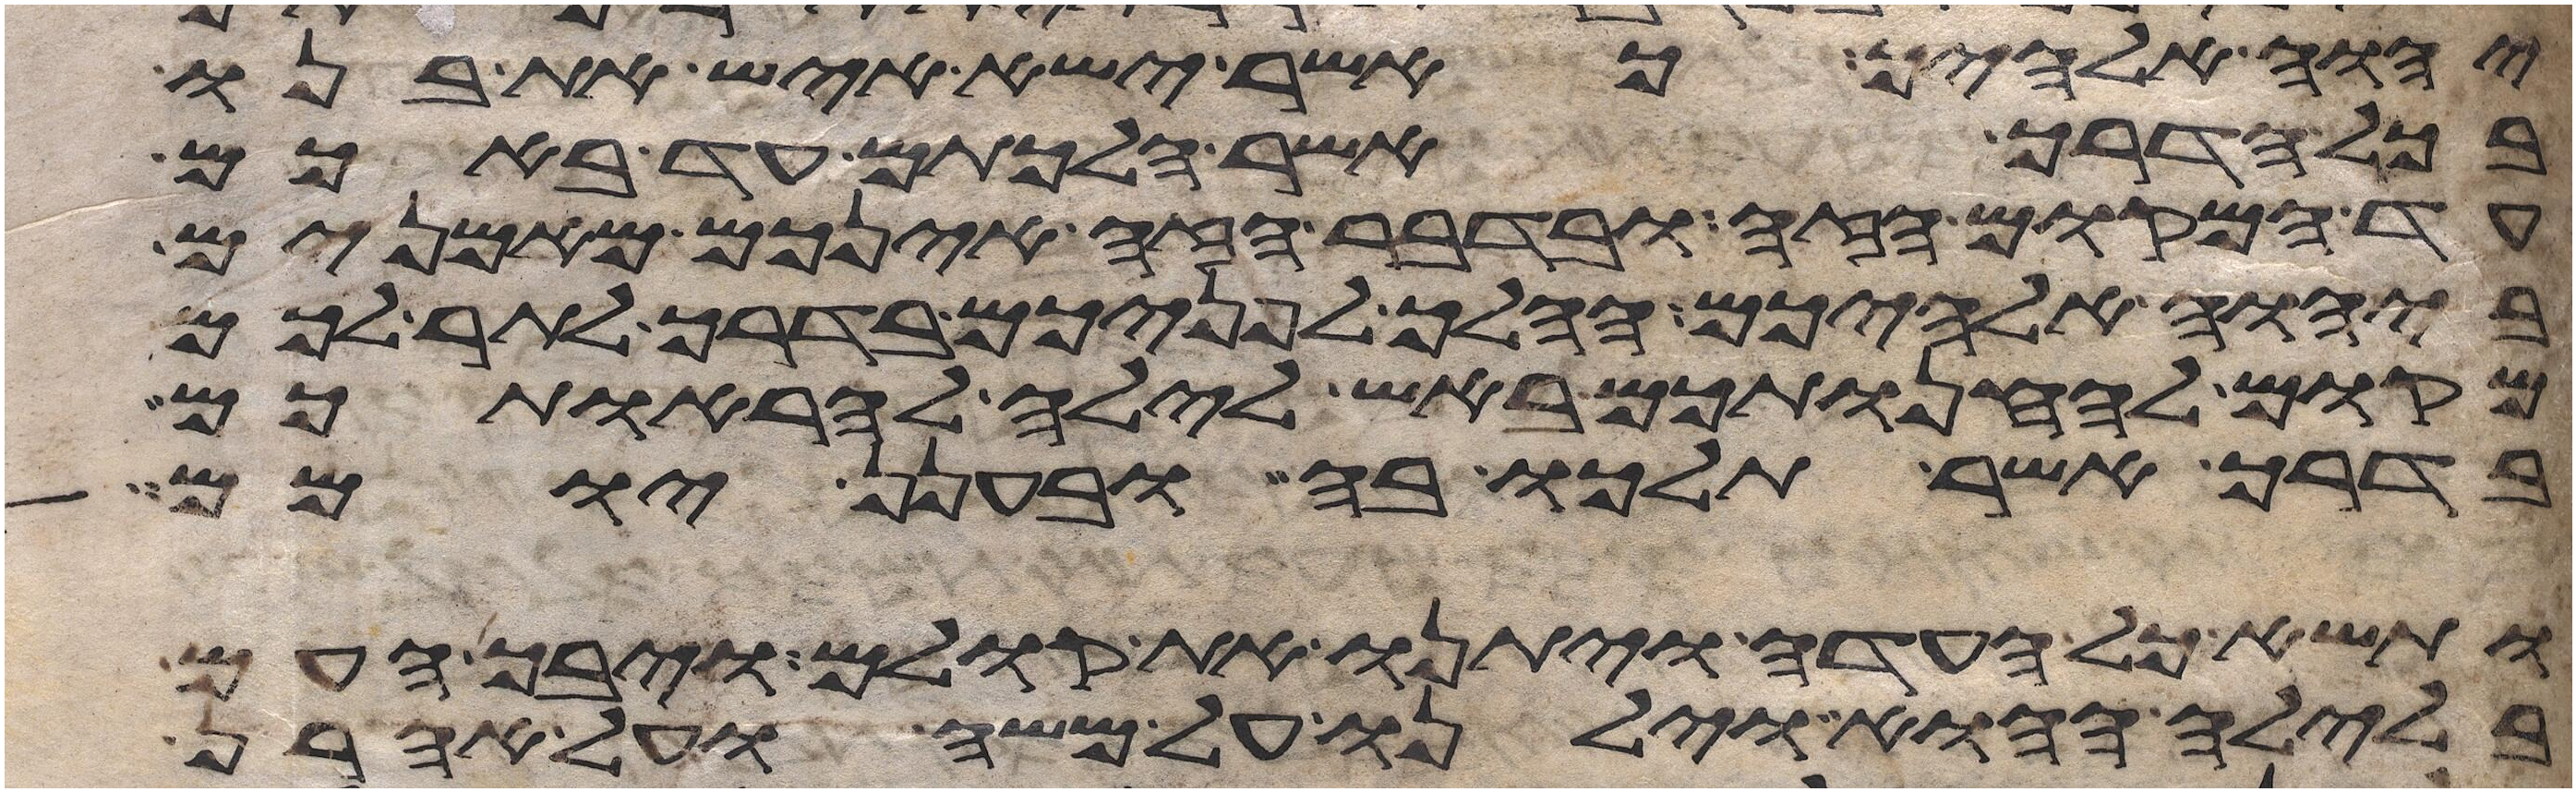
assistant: יהוה אלהיך כאשר ישא איש את בנו
בכל הדרך אשר הלכתם עד באכם
עד המקום הזה ובדבר הזה אינכם מאמנים
ביהוה אלהיכם ההלך לפניכם בדרך לתור לכם
מקום להחנותכם באש לילה להראותכם
בדרך אשר תלכו בה ובענן יומם
ותשא כל העדה ויתנו את קולם ויבך העם
בלילה ההוא וילנו על משה ועל אהרן